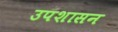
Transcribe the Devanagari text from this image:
उपशासन